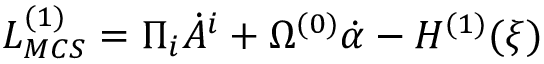
{ \cal L } _ { M C S } ^ { ( 1 ) } = \Pi _ { i } \dot { A } ^ { i } + \Omega ^ { ( 0 ) } \dot { \alpha } - { \cal H } ^ { ( 1 ) } ( \xi )